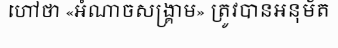
ហៅថា «អំណាចសង្គ្រាម» ត្រូវបានអនុម័ត